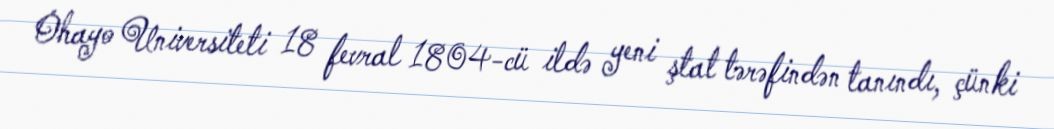
Ohayo Universiteti 18 fevral 1804-cü ildə yeni ştat tərəfindən tanındı, çünki